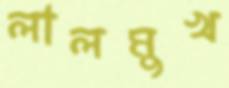
লালমুখ